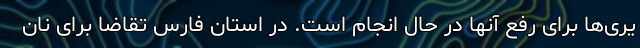
یری‌ها برای رفع آنها در حال انجام است. در استان فارس تقاضا برای نان